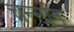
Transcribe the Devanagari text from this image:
चन्नान